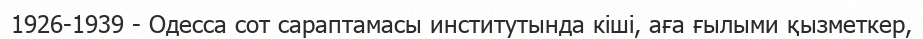
1926-1939 - Одесса сот сараптамасы институтында кіші, аға ғылыми қызметкер,